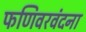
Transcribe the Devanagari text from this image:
फणिवरवंदना